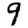
Digit: 9